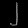
Digit: ၂